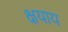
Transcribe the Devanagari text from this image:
क्षयाय